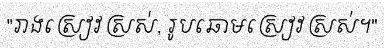
"រាងស្រៀវស្រស់, រូបឆោមស្រៀវស្រស់។"